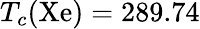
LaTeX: T_{c}(\mathrm{Xe})=289.74